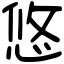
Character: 悠